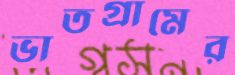
ভাতগ্রামের